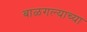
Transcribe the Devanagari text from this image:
बाळगल्याच्या